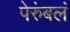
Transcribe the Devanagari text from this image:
पेरुंबलं